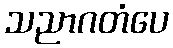
သညာဂတံပေ